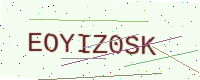
Text: EOYIZ0SK